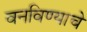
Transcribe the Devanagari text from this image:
वनविण्याचे